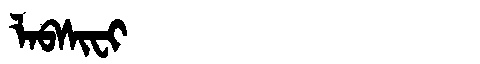
Manchu: ᠯᠠᠪᠰᡳᠸᡳ
Romanization: LABSIFI